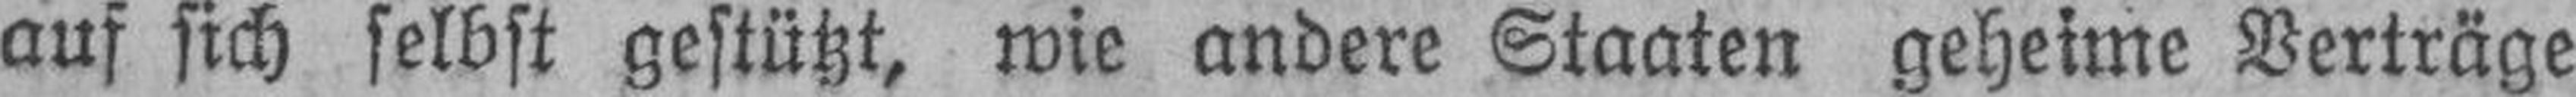
auf sich selbst gestützt, wie andere Staaten geheime Verträge